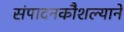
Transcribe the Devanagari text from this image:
संपादनकौशल्याने